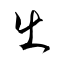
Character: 出